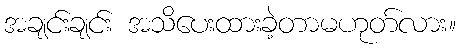
အချင်းချင်း အသိပေးထားခဲ့တာမဟုတ်လား။